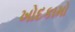
ખોદકામો